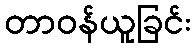
တာဝန်ယူခြင်း